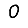
Digit: 0